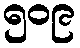
၅၀၉